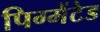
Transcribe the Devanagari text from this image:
पिग्मेंटेड